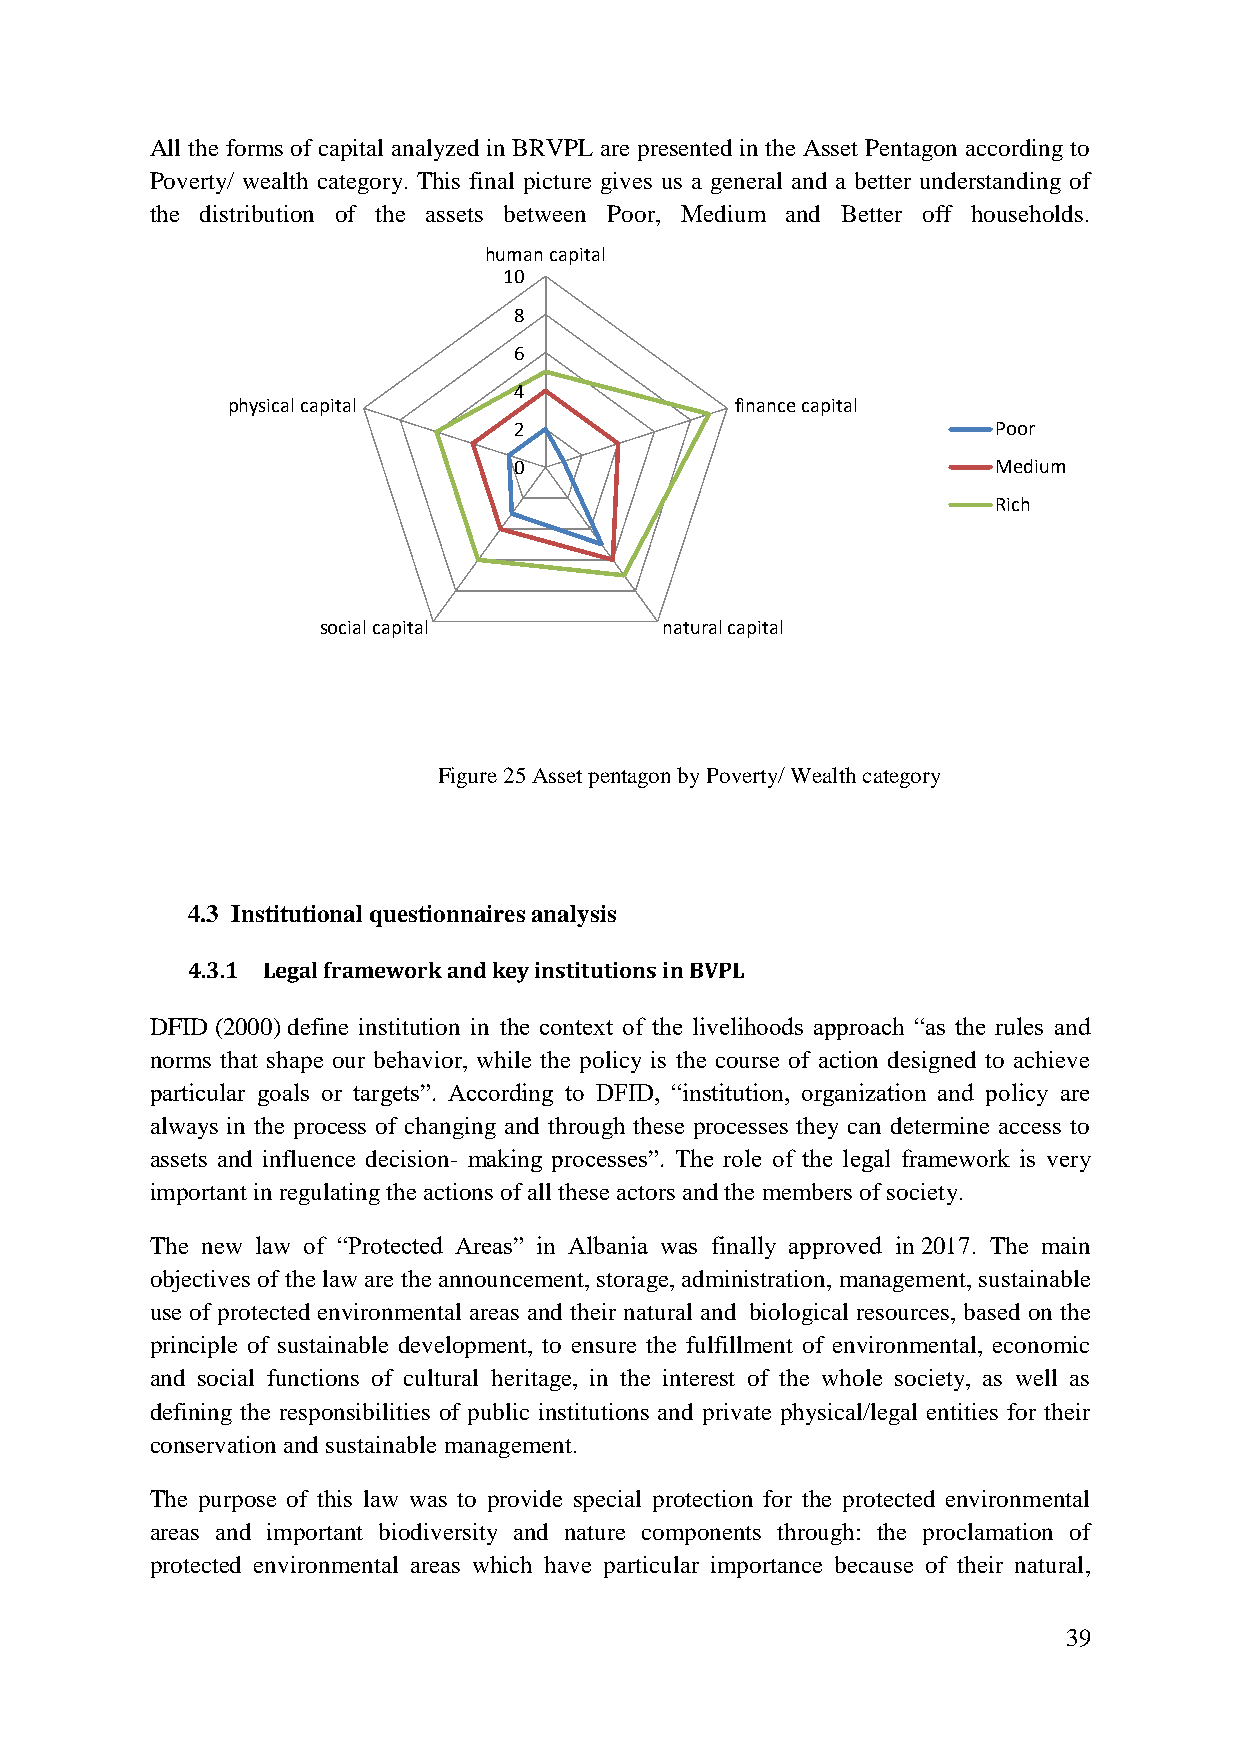
All the forms of capital analyzed in BRVPL are presented in the Asset Pentagon according to
 Poverty/ wealth category. This final picture gives us a general and a better understanding of
 the distribution of the assets between Poor, Medium and Better off households.
 human capital
 10
 8
 6
 4
 physical capital                  finance capital
 2                               Poor
 0                               Medium
 Rich
 social capital         natural capital
 Figure 25 Asset pentagon by Poverty/ Wealth category
 4.3 Institutional questionnaires analysis
 4.3.1 Legal framework and key institutions in BVPL
 DFID (2000) define institution in the context of the livelihoods approach “as the rules and
 norms that shape our behavior, while the policy is the course of action designed to achieve
 particular goals or targets”. According to DFID, “institution, organization and policy are
 always in the process of changing and through these processes they can determine access to
 assets and influence decision- making processes”. The role of the legal framework is very
 important in regulating the actions of all these actors and the members of society.
 The new law of “Protected Areas” in Albania was finally approved in 2017. The main
 objectives of the law are the announcement, storage, administration, management, sustainable
 use of protected environmental areas and their natural and biological resources, based on the
 principle of sustainable development, to ensure the fulfillment of environmental, economic
 and social functions of cultural heritage, in the interest of the whole society, as well as
 defining the responsibilities of public institutions and private physical/legal entities for their
 conservation and sustainable management.
 The purpose of this law was to provide special protection for the protected environmental
 areas and important biodiversity and nature components through: the proclamation of
 protected environmental areas which have particular importance because of their natural,
 39